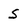
Character: s